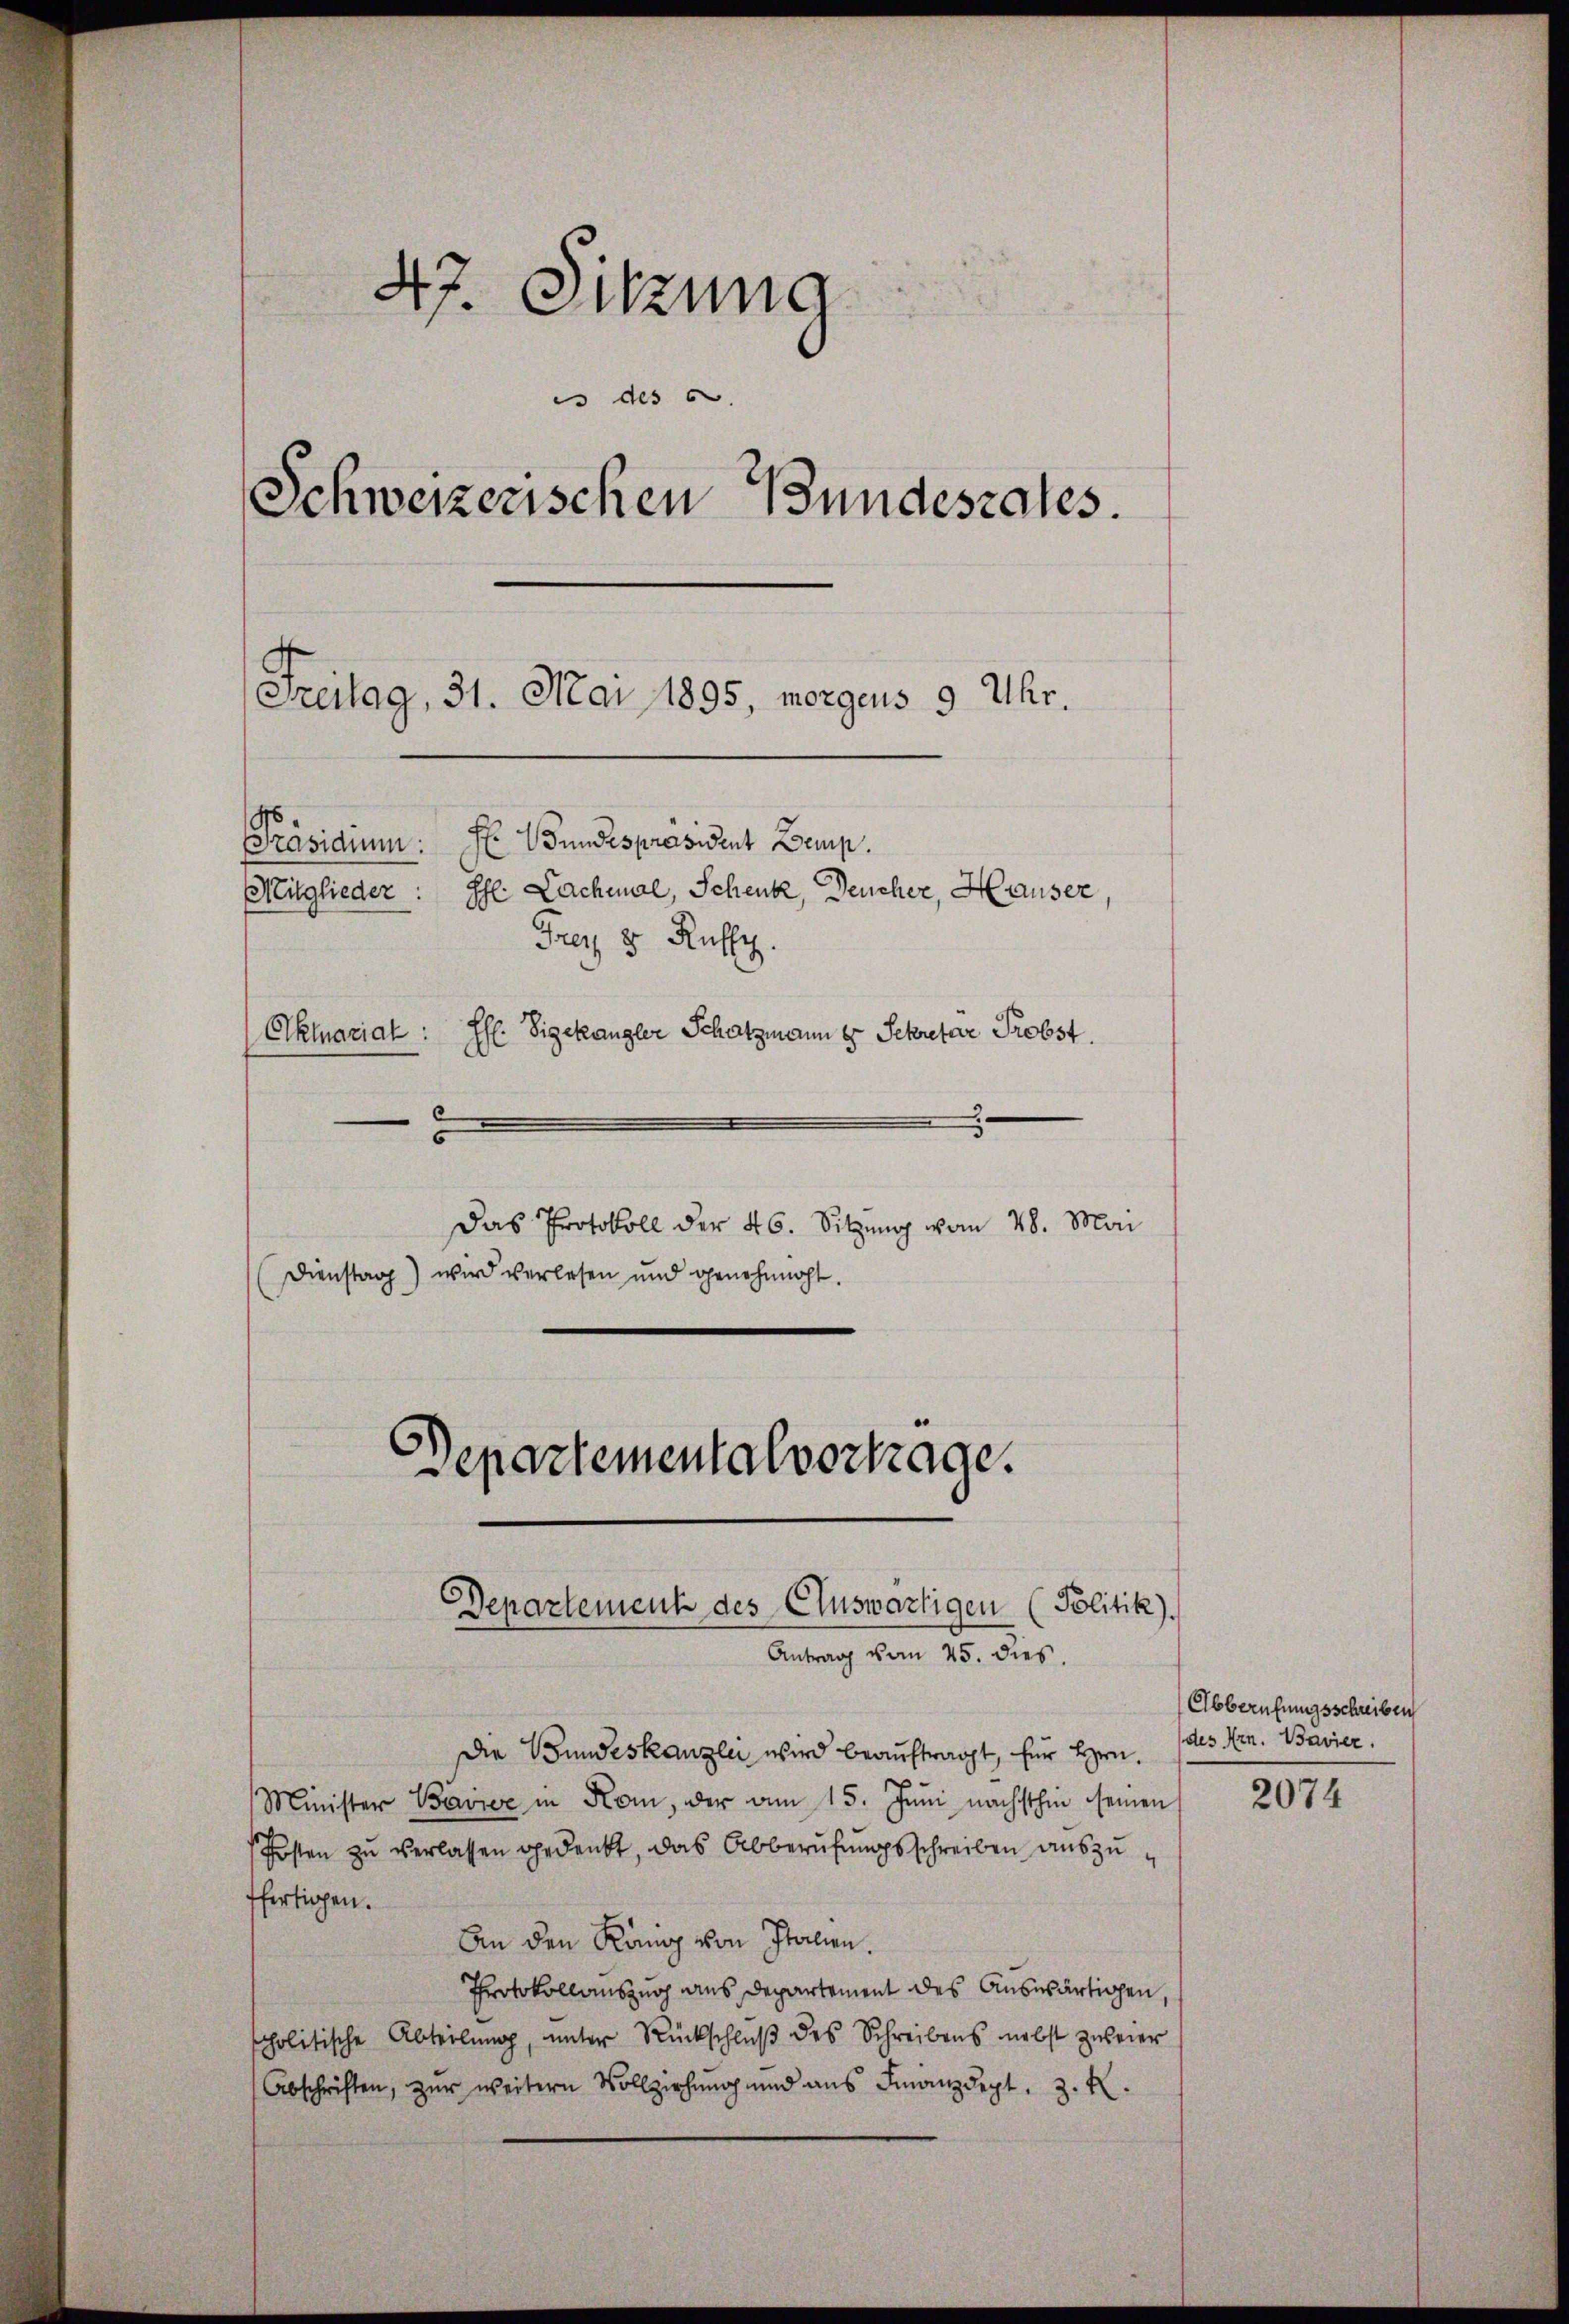
47. Sitzung
es des 6.
Schweizerischen Bundesrates.
Freitag, 31. Mai 1895, morgens 9 Uhr.
Hr Wundespräsident Demp.
Präsidium.
Mitglieder: Iffl Lachmal, Schenk, Deucher, Hauser
Frey 8 Ruffy.
ffl. Sigekangler Schatzmann 4 Sekretar Probst
Alkmarial:

Departement des Auswärtigen (Politik).
Antrag vom 25. dies

5
Das Protokoll der 46. Sitzung vom 28. Mai
Dienstag) wird verlesen und genehmigt.
Departemental vortrage.

Die Bundeskanzlei wird beauftragt, für Hrn.
Minister Bavier in Kom, der am 15. Juni nächsthin seinen
Posten zu verlassen gedenkt, das Abberufungsschreiben auszuffertigen.
An den König von Italien.
Protokollauszug aus Departement des Auswärtigen,
holitische Abteilŭng, unter Rückschlŭβ des Schreibens nebst zweier
Abschriften, zur weitern Vollziehung und aus Finanzdept, z. R.

Abberufungsschreiben
(des Hrn. Bavier.

2074